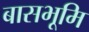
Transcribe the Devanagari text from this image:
बासभूमि